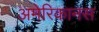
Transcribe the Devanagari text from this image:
अमेरिकानस